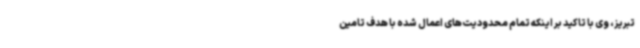
تبریز، وی با تاکید بر اینکه تمام محدودیت‌های اعمال شده با هدف تامین